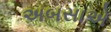
અબસાએ